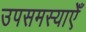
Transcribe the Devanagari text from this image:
उपसमस्याएँ